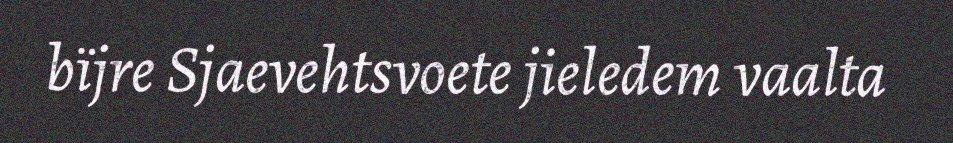
bïjre Sjaevehtsvoete jieledem vaalta